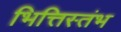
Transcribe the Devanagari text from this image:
भित्तिस्तंभ